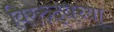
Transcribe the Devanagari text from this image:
विररुद्धच्या